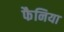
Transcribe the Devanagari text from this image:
फैनिया